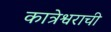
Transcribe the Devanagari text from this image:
कात्रेश्वराची